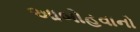
આબોહવાનો